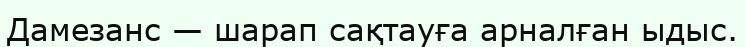
Дамезанс — шарап сақтауға арналған ыдыс.